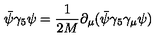
\bar { \psi } \gamma _ { 5 } \psi = \frac { 1 } { 2 M } \partial _ { \mu } ( \bar { \psi } \gamma _ { 5 } \gamma _ { \mu } \psi ) \nonumber